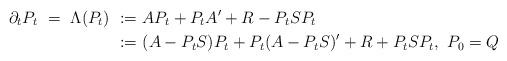
LaTeX: \begin{align*}\partial_tP_t~=~\Lambda(P_t) ~:=&~ AP_t + P_tA^{\prime}+R-P_tSP_t \\:=&~ (A-P_tS)P_t+P_t(A-P_tS)^{\prime}+ R+P_tSP_t,~P_0 = Q \end{align*}